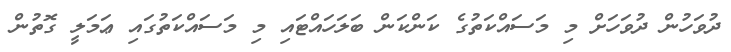
ދުވަހުން ދުވަހަށް މި މަސައްކަތުގެ ކަންކަން ބަލަހައްޓައި މި މަސައްކަތުގައި ޢަމަލީ ގޮތުން